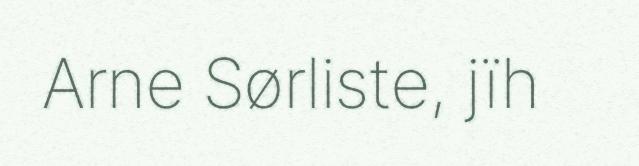
Arne Sørliste, jïh